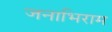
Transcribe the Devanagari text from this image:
जनाभिराम